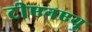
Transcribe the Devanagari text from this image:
टीएनएयू